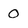
Character: 0